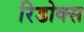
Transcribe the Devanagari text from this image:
रिडोक्स